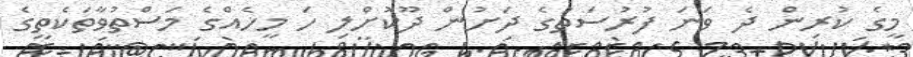
މީގެ ކުރިން ދެ ވަނަ ފުރުސަތުގެ ދަށުން ދޫކޮށްލި ހަ މީހެއްގެ މަސްތުވާތަކެތީގެ